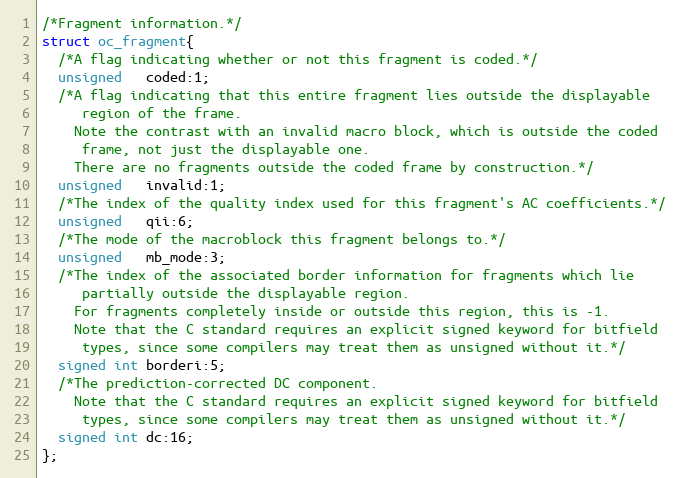
Language: C
/*Fragment information.*/
struct oc_fragment{
  /*A flag indicating whether or not this fragment is coded.*/
  unsigned   coded:1;
  /*A flag indicating that this entire fragment lies outside the displayable
     region of the frame.
    Note the contrast with an invalid macro block, which is outside the coded
     frame, not just the displayable one.
    There are no fragments outside the coded frame by construction.*/
  unsigned   invalid:1;
  /*The index of the quality index used for this fragment's AC coefficients.*/
  unsigned   qii:6;
  /*The mode of the macroblock this fragment belongs to.*/
  unsigned   mb_mode:3;
  /*The index of the associated border information for fragments which lie
     partially outside the displayable region.
    For fragments completely inside or outside this region, this is -1.
    Note that the C standard requires an explicit signed keyword for bitfield
     types, since some compilers may treat them as unsigned without it.*/
  signed int borderi:5;
  /*The prediction-corrected DC component.
    Note that the C standard requires an explicit signed keyword for bitfield
     types, since some compilers may treat them as unsigned without it.*/
  signed int dc:16;
};